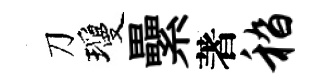
刀瓊纍著嵇